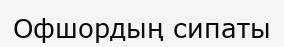
Офшордың сипаты